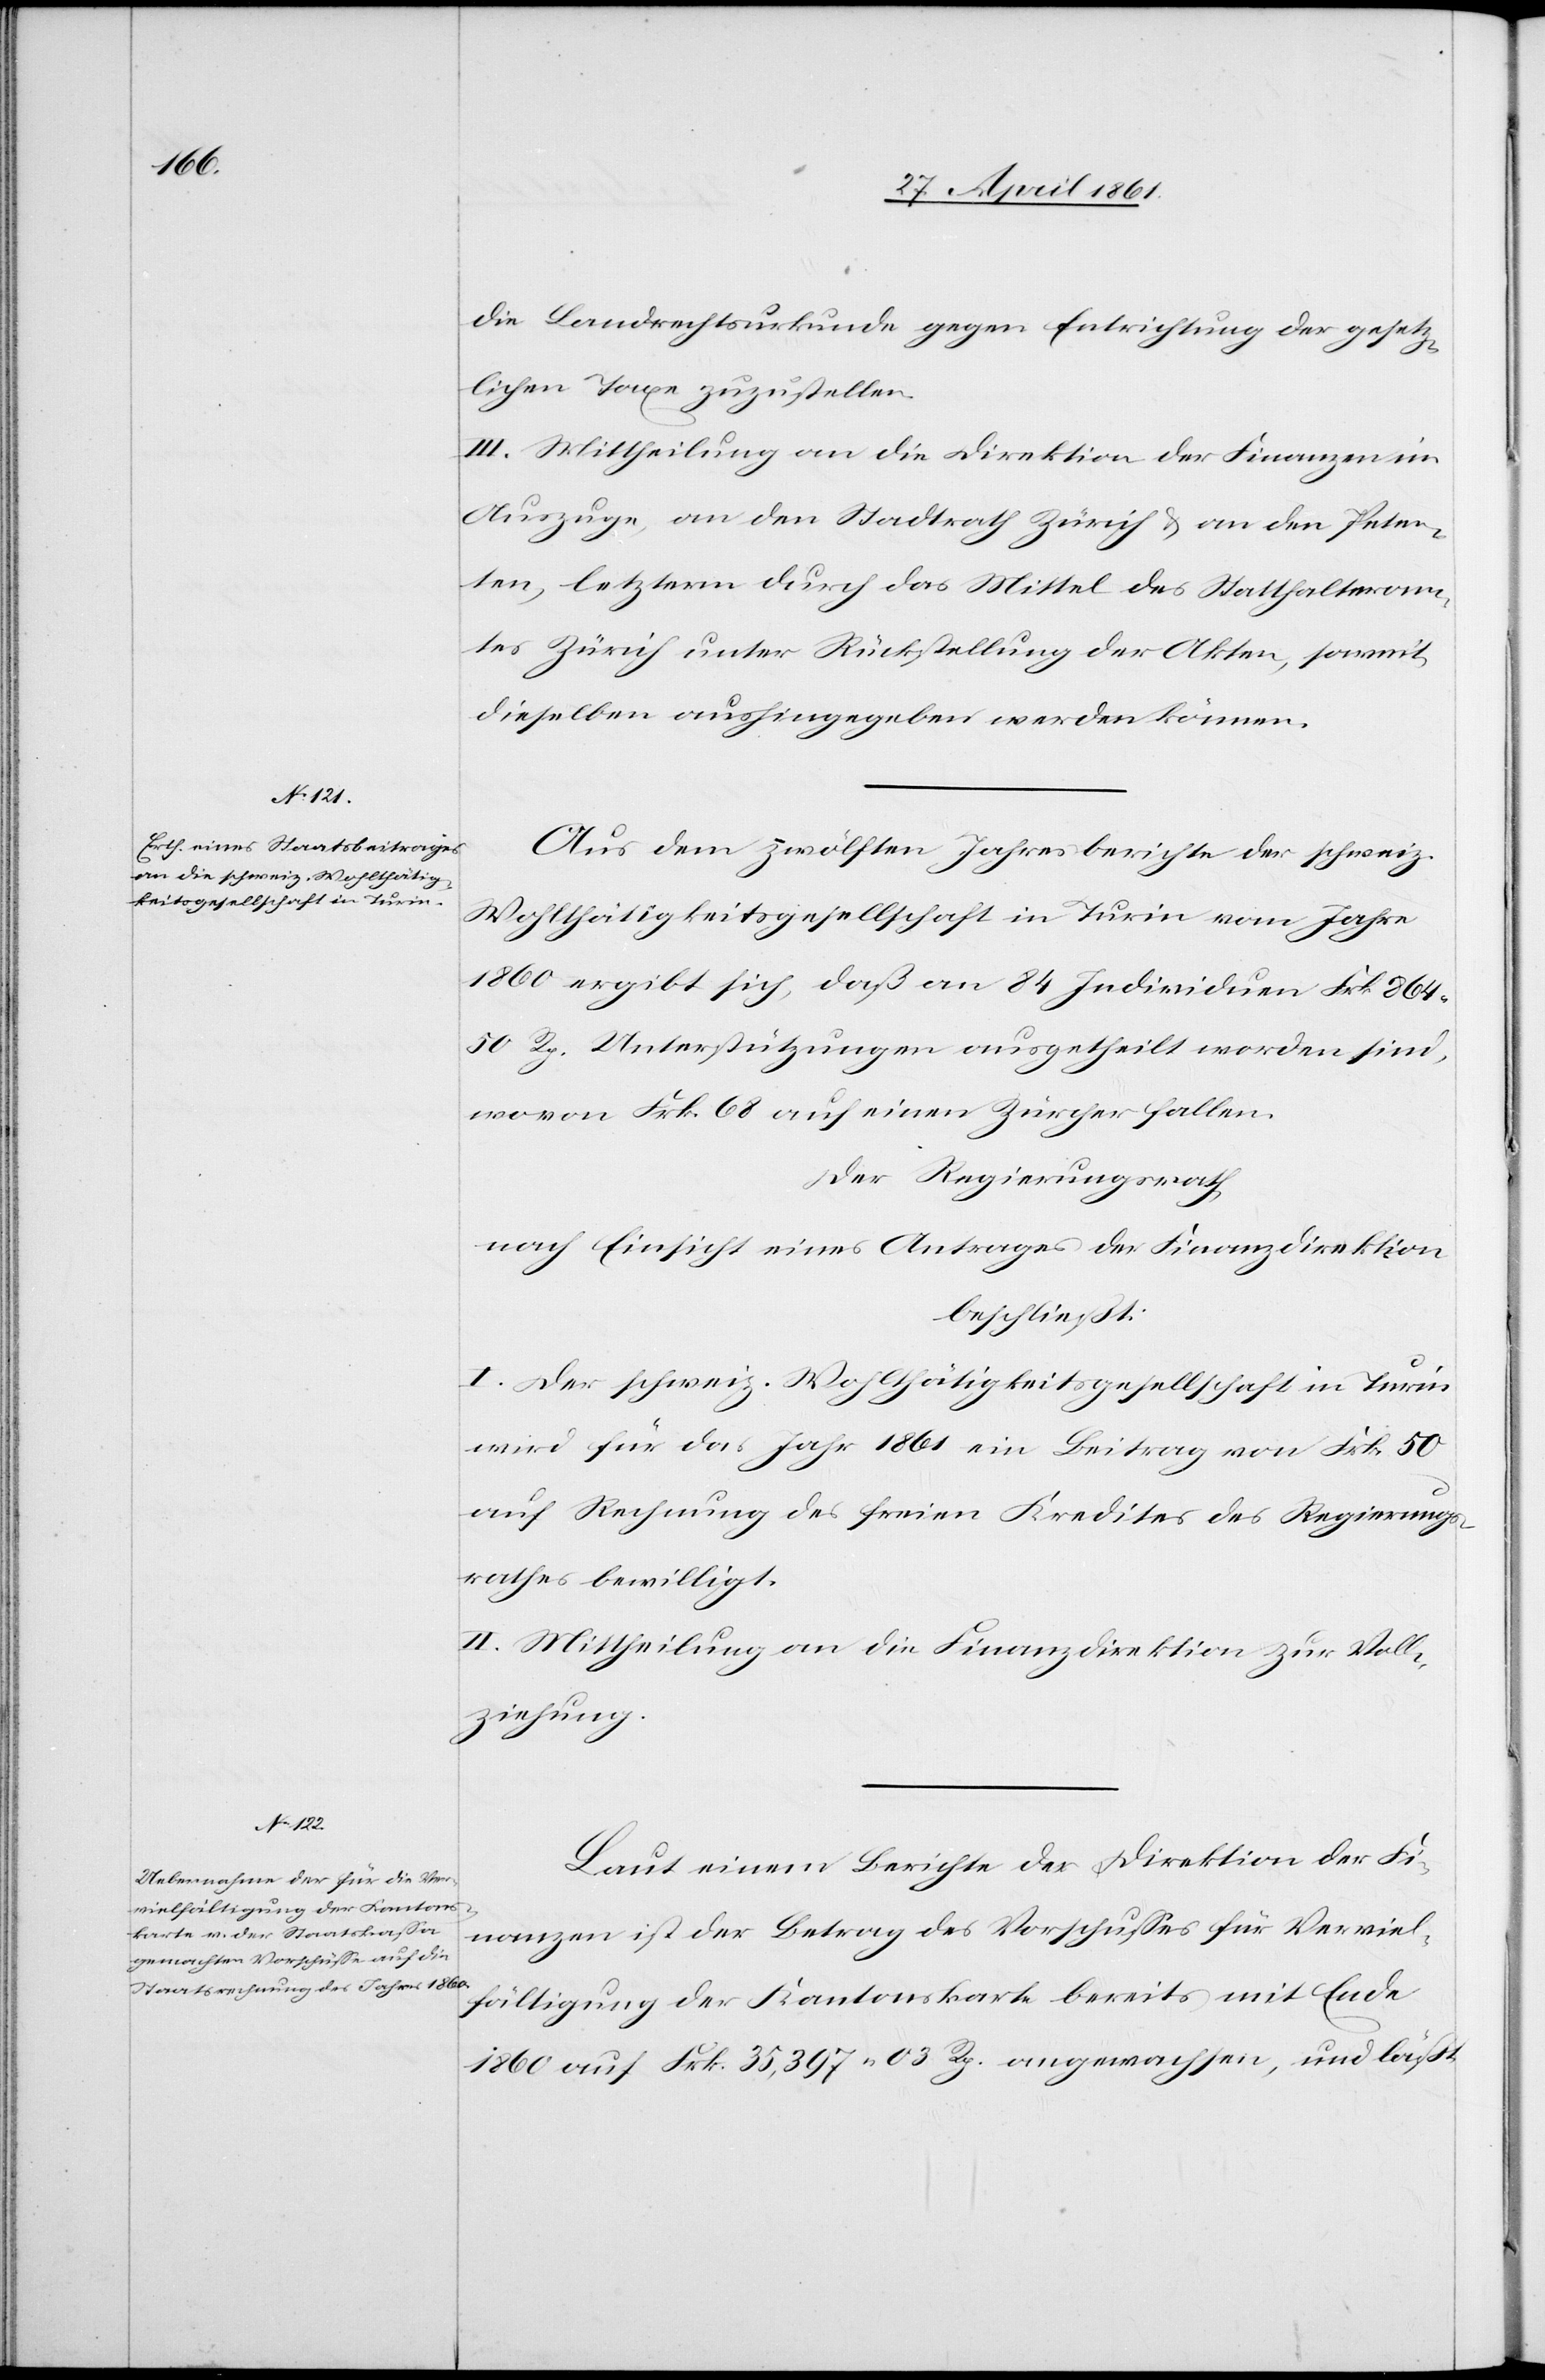
die Landrechtsurkunde gegen Entrichtung der gesetz¬
lichen Taxe zuzustellen.
III. Mittheilung an die Direktion der Finanzen im
Auszuge, an den Stadtrath Zürich u. an den Peten¬
ten, letzterm durch das Mittel des Statthalteram¬
tes Zürich unter Rückstellung der Akten, somit
dieselben aushingegeben werden können.
Aus dem zwölften Jahresberichte der schweiz.
Wohlthätigkeitsgesellschaft in Turin vom Jahre
1860 ergibt sich, daß an 84 Individuen Frk. 864
50 Rp. Unterstützungen ausgetheilt worden sind,
wovon Frk. 68 auf einen Zürcher fallen.
Der Regierungsrath,
nach Einsicht eines Antrages der Finanzdirektion
beschließt:
I. Der schweiz. Wohlthätigkeitsgesellschaft in Turin
wird für das Jahr 1861 ein Beitrag von Frk. 50
auf Rechnung des freien Kredites des Regierungs¬
rathes bewilligt.
II. Mittheilung an die Finanzdirektion zur Voll¬
ziehung.
Laut einem Berichte der Direktion der Fi¬
nanzen ist der Betrag des Vorschusses für Verviel¬
fältigung der Kantonskarte bereits mit Ende
1860 auf Frk. 35,397 03 Rp. angewachsen, und läßt